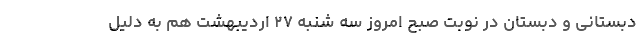
دبستانی و دبستان در نوبت صبح امروز سه شنبه ۲۷ اردیبهشت هم به دلیل